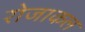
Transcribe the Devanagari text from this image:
रोजाकल